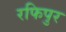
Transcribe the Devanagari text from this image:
रफिपुर